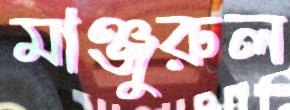
মাঞ্জুরুল